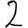
Digit: 2